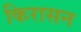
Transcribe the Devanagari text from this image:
किरासन